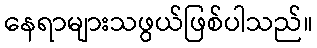
နေရာများသဖွယ်ဖြစ်ပါသည်။